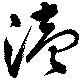
涜